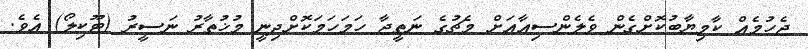
ޖެހުމެއް ކާމިޔާބުކޮށްގެން ވެލެންސިއާއަށް މެޗުގެ ނަތީޖާ ހަމަހަމަކޮށްދިނީ މުޚުތާރު ނަސީރު (ޓޫކިލޯ) އެވެ.